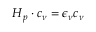
\boldsymbol { H } _ { p } \cdot \boldsymbol { c } _ { \nu } = \epsilon _ { \nu } \boldsymbol { c } _ { \nu }